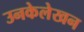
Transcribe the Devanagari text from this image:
उनकेलेखन